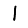
Digit: 1